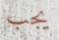
يجب